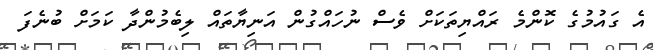
އެ ގައުމުގެ ކޮންމެ ރައްޔިތަކަށް ވެސް ނުހައްގުން އަނިޔާތައް ލިބެމުންދާ ކަމަށް ބުނެފަ